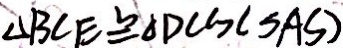
\Delta B C E \cong \Delta D C G ( S A S )